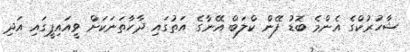
ޝާހުރުކްގެ އެންމެ ބޮޑު ފޭން ކްލަބް އޭނާގެ އަތުގައި ދާހާތަނަކަށް ވީއައިޕީގައި އަދި